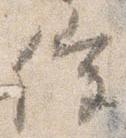
催